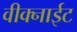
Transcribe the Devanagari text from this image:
वीक्नाईट